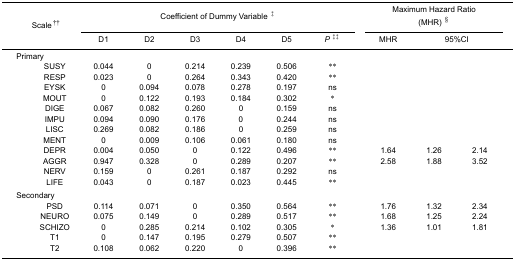
<table><thead><tr><td rowspan="3"><b>Scale <sup>††</sup></b></td><td colspan="6"><b>Coefficient of Dummy Variable <sup>‡</sup></b></td><td colspan="3"><b>Maximum Hazard Ratio(MHR) <sup>§</sup></b></td></tr><tr><td><b>D1</b></td><td><b>D2</b></td><td><b>D3</b></td><td><b>D4</b></td><td><b>D5</b></td><td><b><i>P</i><sup>‡‡</sup></b></td><td><b>MHR</b></td><td colspan="2"><b>95%CI</b></td></tr></thead><tbody><tr><td colspan="10">Primary</td></tr><tr><td>SUSY</td><td>0.044</td><td>0</td><td>0.214</td><td>0.239</td><td>0.506</td><td>**</td><td></td><td></td><td></td></tr><tr><td>RESP</td><td>0.023</td><td>0</td><td>0.264</td><td>0.343</td><td>0.420</td><td>**</td><td></td><td></td><td></td></tr><tr><td>EYSK</td><td>0</td><td>0.094</td><td>0.078</td><td>0.278</td><td>0.197</td><td>ns</td><td></td><td></td><td></td></tr><tr><td>MOUT</td><td>0</td><td>0.122</td><td>0.193</td><td>0.184</td><td>0.302</td><td>*</td><td></td><td></td><td></td></tr><tr><td>DIGE</td><td>0.067</td><td>0.082</td><td>0.260</td><td>0</td><td>0.159</td><td>ns</td><td></td><td></td><td></td></tr><tr><td>IMPU</td><td>0.094</td><td>0.090</td><td>0.176</td><td>0</td><td>0.244</td><td>ns</td><td></td><td></td><td></td></tr><tr><td>LISC</td><td>0.269</td><td>0.082</td><td>0.186</td><td>0</td><td>0.259</td><td>ns</td><td></td><td></td><td></td></tr><tr><td>MENT</td><td>0</td><td>0.009</td><td>0.106</td><td>0.061</td><td>0.180</td><td>ns</td><td></td><td></td><td></td></tr><tr><td>DEPR</td><td>0.004</td><td>0.050</td><td>0</td><td>0.122</td><td>0.496</td><td>**</td><td>1.64</td><td>1.26</td><td>2.14</td></tr><tr><td>AGGR</td><td>0.947</td><td>0.328</td><td>0</td><td>0.289</td><td>0.207</td><td>**</td><td>2.58</td><td>1.88</td><td>3.52</td></tr><tr><td>NERV</td><td>0.159</td><td>0</td><td>0.261</td><td>0.187</td><td>0.292</td><td>ns</td><td></td><td></td><td></td></tr><tr><td>LIFE</td><td>0.043</td><td>0</td><td>0.187</td><td>0.023</td><td>0.445</td><td>**</td><td></td><td></td><td></td></tr><tr><td colspan="10"> </td></tr><tr><td colspan="10">Secondary</td></tr><tr><td>PSD</td><td>0.114</td><td>0.071</td><td>0</td><td>0.350</td><td>0.564</td><td>**</td><td>1.76</td><td>1.32</td><td>2.34</td></tr><tr><td>NEURO</td><td>0.075</td><td>0.149</td><td>0</td><td>0.289</td><td>0.517</td><td>**</td><td>1.68</td><td>1.25</td><td>2.24</td></tr><tr><td>SCHIZO</td><td>0</td><td>0.285</td><td>0.214</td><td>0.102</td><td>0.305</td><td>*</td><td>1.36</td><td>1.01</td><td>1.81</td></tr><tr><td>T1</td><td>0</td><td>0.147</td><td>0.195</td><td>0.279</td><td>0.507</td><td>**</td><td></td><td></td><td></td></tr><tr><td>T2</td><td>0.108</td><td>0.062</td><td>0.220</td><td>0</td><td>0.396</td><td>**</td><td></td><td></td><td></td></tr></tbody></table>